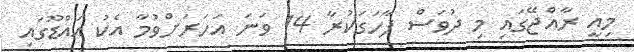
މިއީ ރާއްޖޭގައި މި ދުވަސް ފާހަގަކުރާ 14 ވަނަ އަހަރަށްވުމާ އެކު އައްޑޫގައި